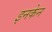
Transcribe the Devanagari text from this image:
इनकेन